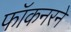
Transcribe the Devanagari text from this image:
फॉकनरने